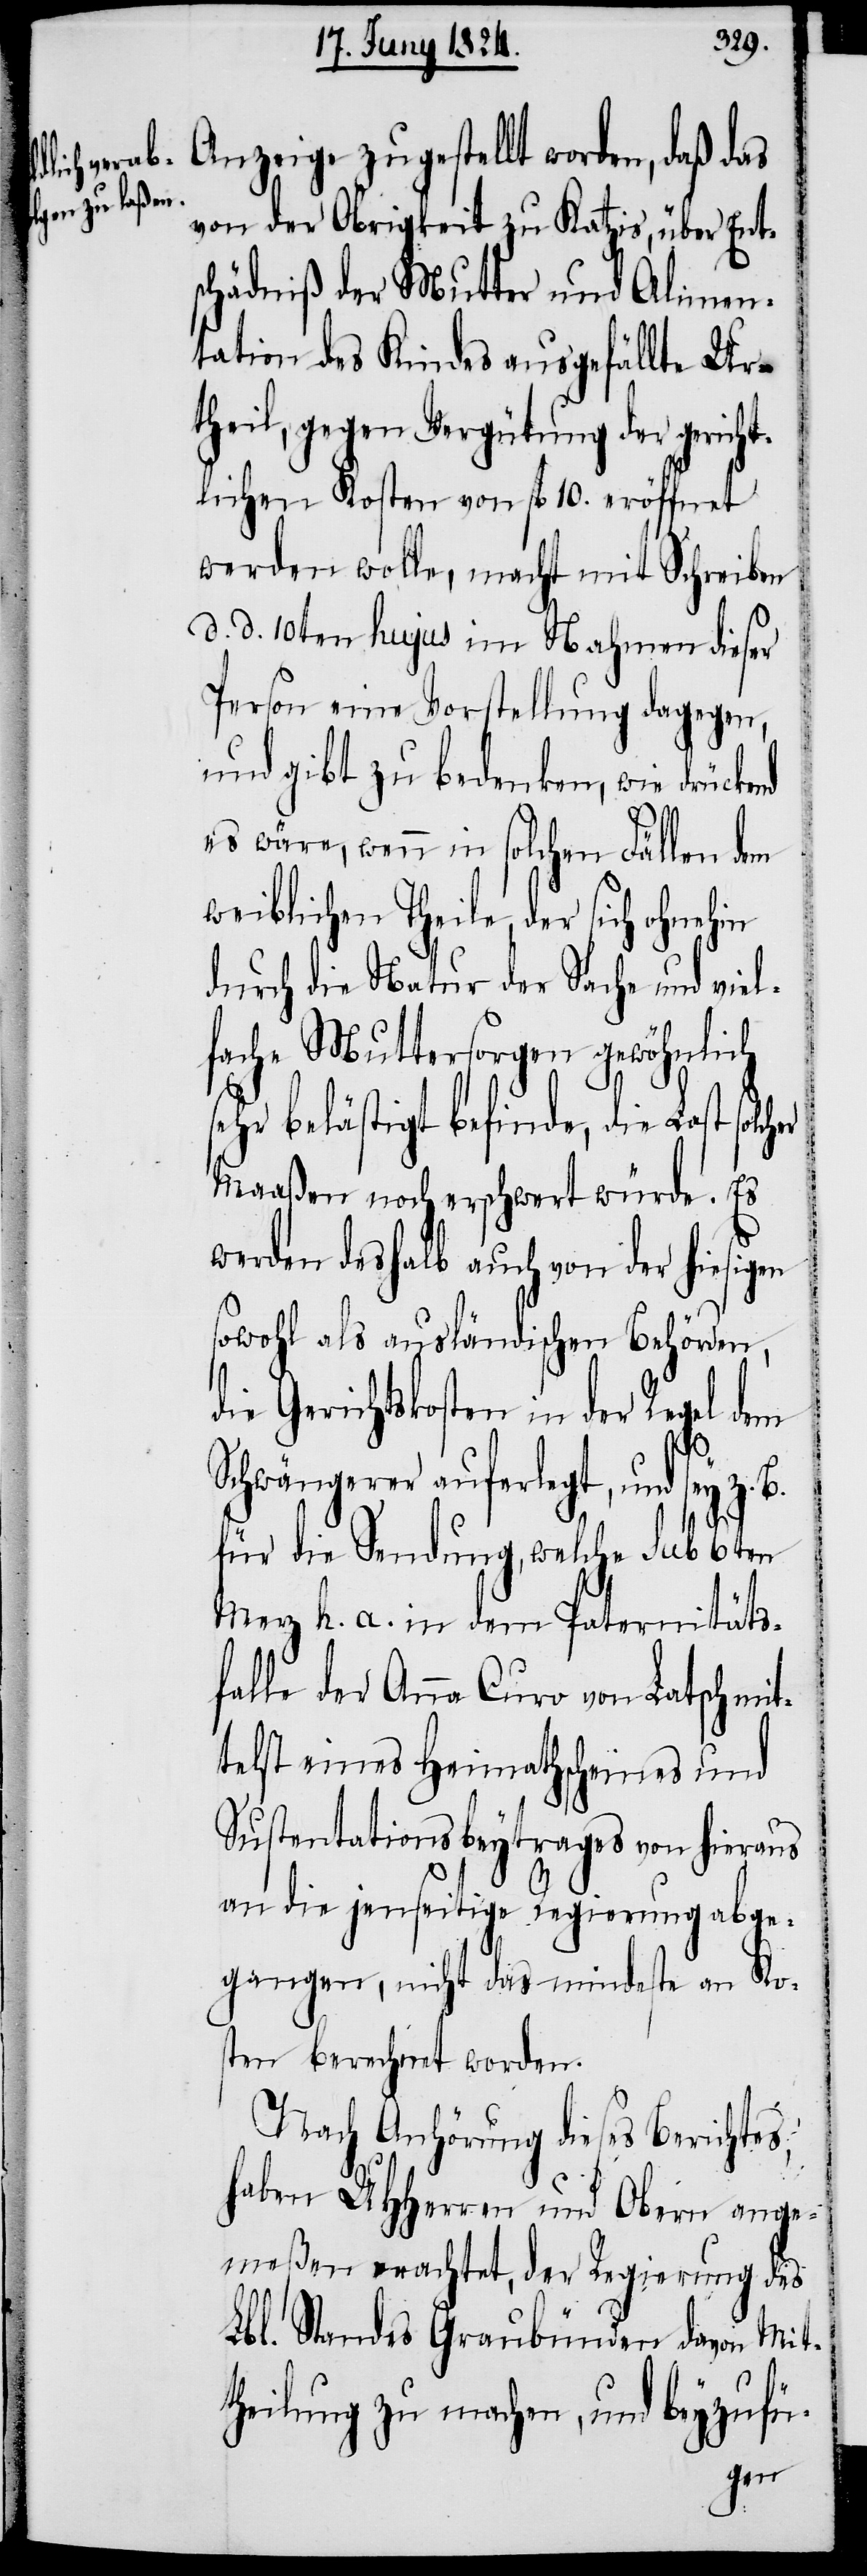
Anzeige zugestellt worden, daß das
von der Obrigkeit zu Katzis, über Ent¬
schädniß der Mutter und Alimen¬
tation des Kindes ausgefällte Ur¬
theil, gegen Vergütung der gericht¬
lichen Kosten von fl. 10. eröffnet
werden wolle, macht mit Schreiben
d. d. 10ten hujus im Nahmen dieser
Person eine Vorstellung dagegen,
und gibt zu bedenken, wie drücke¬
B.
es wäre, wenn in solchen Fällen dem
weiblichen Theile, der sich ohnehin
durch die Natur der Sache und viel¬
fache Muttersorgen gewöhnlich
sehr belästigt befinde, die Last
Maaßen noch erschwert würde. Es
werden deshalb auch von der hiesigen
sowohl als ausländischen Behörden,
die Gerichtskosten in der Regel dem
Schwängerer auferlegt, und sey z.
für die Sendung, welche sub 6ten
Merz h. a. in dem Paternitäts¬
falle der Anna Curo von Latsch mit¬
telst eines Heimathscheines und
Sustentationsbeytrages von hieraus
an die jenseitige Regierung abge¬
gangen, nicht das mindeste an Ko¬
sten berechnet worden.
Nach Anhörung dieses Berichtes,
haben UHHerren und Obern ange¬
meßen erachtet, der Regierung des
Lbl. Standes Graubünden davon Mit¬
theilung zu machen, und beyzufü-